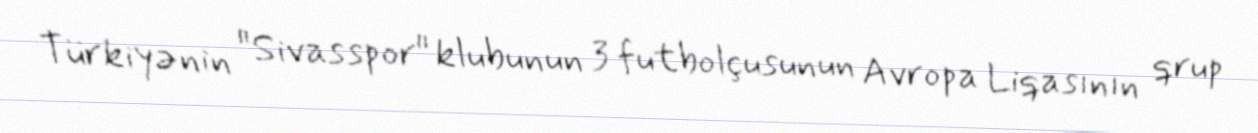
Türkiyənin "Sivasspor" klubunun 3 futbolçusunun Avropa Liqasının qrup